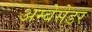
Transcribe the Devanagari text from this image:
अम्बेसेडर